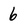
Character: 6